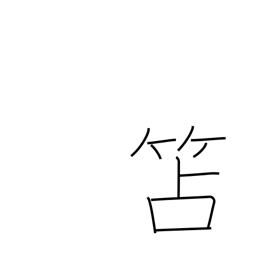
Meaning: wooden writing slate